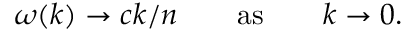
\omega ( k ) \to c k / n \qquad \mathrm { a s } \qquad k \to 0 .